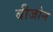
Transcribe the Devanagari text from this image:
बीजोन